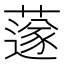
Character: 𦼯